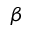
\beta